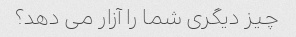
چیز دیگری شما را آزار می دهد؟